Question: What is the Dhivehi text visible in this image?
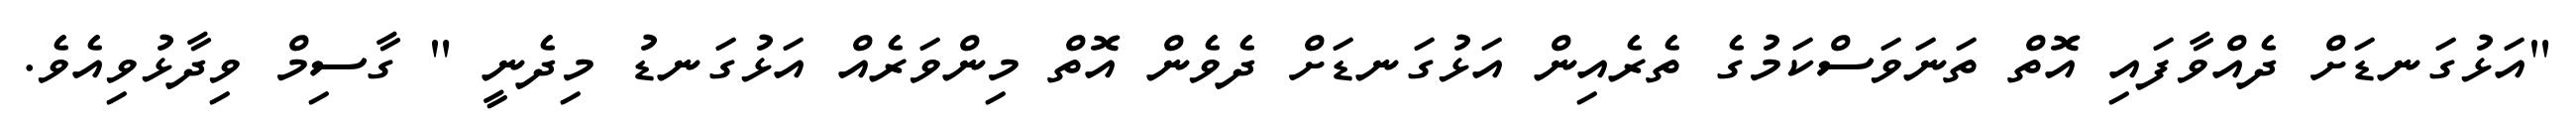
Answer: "އަޅުގަނޑަށް ދެއްވާފައި އޮތް ތަނަވަސްކަމުގެ ތެރެއިން އަޅުގަނޑަށް ދެވެން އޮތް މިންވަރެއް އަޅުގަނޑު މިދެނީ " ގާސިމް ވިދާޅުވިއެވެ.